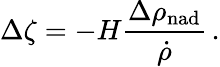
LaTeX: \Delta\zeta=-H{\frac{\Delta\rho_{\mathrm{nad}}}{\dot{\rho}}}\, .